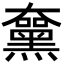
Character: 𪑵